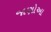
જાણોઆ